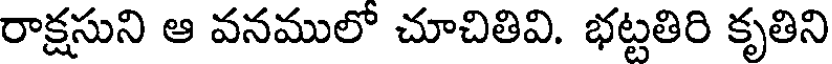
రాక్షసుని ఆ వనములో చూచితివి. భట్టతిరి కృతిని